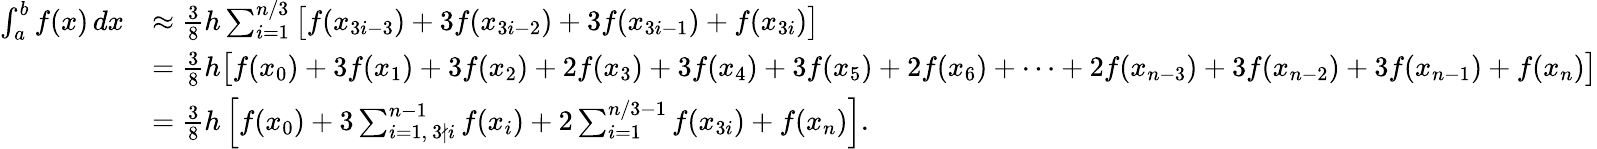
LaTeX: {\begin{array}{rl}{\int_{a}^{b}f(x)\, dx}&{\approx{\frac{3}{8}}h\sum_{i=1}^{n/3}{\big[}f(x_{3i-3})+3f(x_{3i-2})+3f(x_{3i-1})+f(x_{3i}){\big]}}\\ &{={\frac{3}{8}}h{\big[}f(x_{0})+3f(x_{1})+3f(x_{2})+2f(x_{3})+3f(x_{4})+3f(x_{5})+2f(x_{6})+\dots+2f(x_{n-3})+3f(x_{n-2})+3f(x_{n-1})+f(x_{n}){\big]}}\\ &{={\frac{3}{8}}h\left[f(x_{0})+3\sum_{i=1,\ 3\nmid i}^{n-1}f(x_{i})+2\sum_{i=1}^{n/3-1}f(x_{3i})+f(x_{n})\right].}\end{array}}